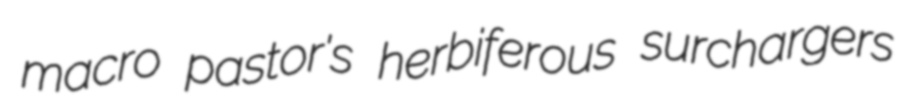
macro pastor's herbiferous surchargers